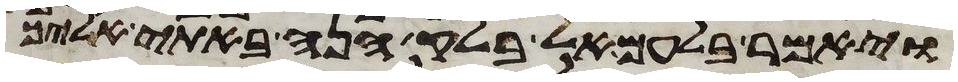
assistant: ויאמר בלעם אל בלק הנה באתי אליך